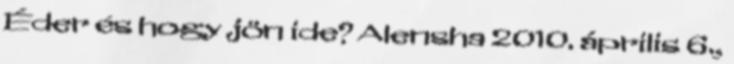
Éder és hogy jön ide? Alensha 2010. április 6.,